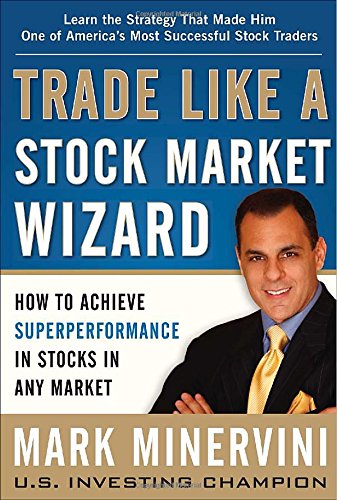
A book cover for Trade Like a Stock Market Wizard: How to Achieve Super Performance in Stocks in Any Market; Mark Minervini; Business & Money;